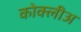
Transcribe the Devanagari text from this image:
कोक्लीअ